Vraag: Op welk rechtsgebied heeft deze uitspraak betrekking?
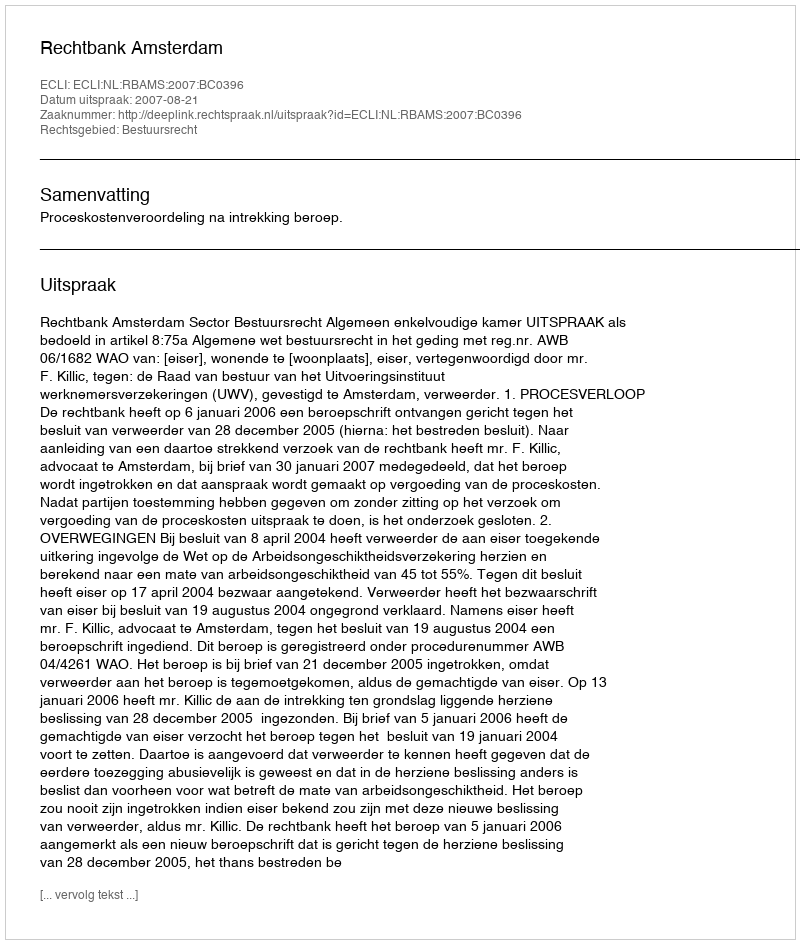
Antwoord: Bestuursrecht